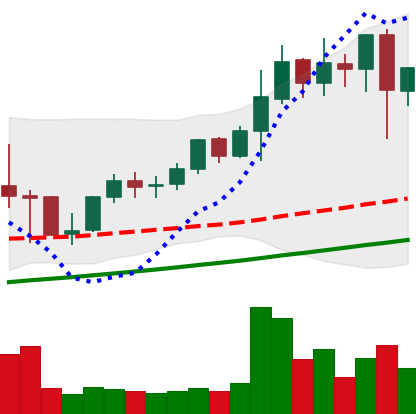
Ticker: LINK-USD
Chart end date: 2021-05-11
Forward return: -16.445%
Label: down_7plus